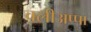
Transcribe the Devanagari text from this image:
वलीअप्पा